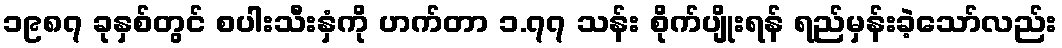
၁၉၈၇ ခုနှစ်တွင် စပါးသီးနှံကို ဟက်တာ ၁.၇၇ သန်း စိုက်ပျိုးရန် ရည်မှန်းခဲ့သော်လည်း